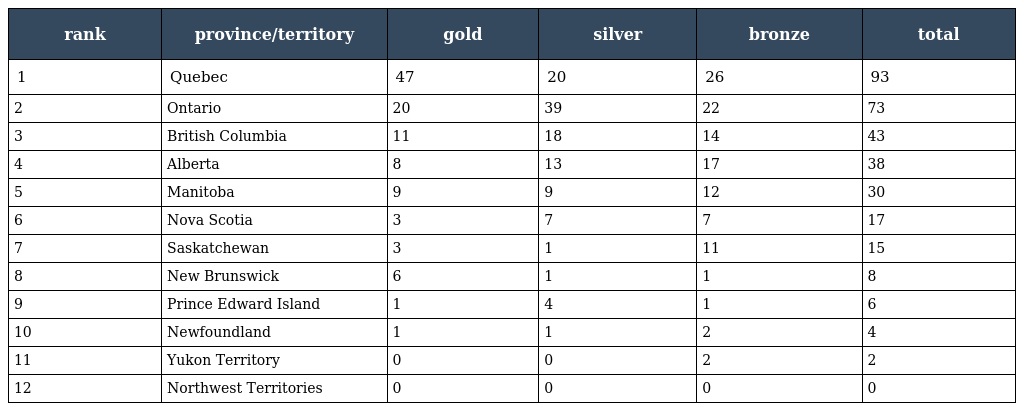
| rank | province/territory | gold | silver | bronze | total |
 | --- | --- | --- | --- | --- | --- |
 | 1 | Quebec | 47 | 20 | 26 | 93 |
 | 2 | Ontario | 20 | 39 | 22 | 73 |
 | 3 | British Columbia | 11 | 18 | 14 | 43 |
 | 4 | Alberta | 8 | 13 | 17 | 38 |
 | 5 | Manitoba | 9 | 9 | 12 | 30 |
 | 6 | Nova Scotia | 3 | 7 | 7 | 17 |
 | 7 | Saskatchewan | 3 | 1 | 11 | 15 |
 | 8 | New Brunswick | 6 | 1 | 1 | 8 |
 | 9 | Prince Edward Island | 1 | 4 | 1 | 6 |
 | 10 | Newfoundland | 1 | 1 | 2 | 4 |
 | 11 | Yukon Territory | 0 | 0 | 2 | 2 |
 | 12 | Northwest Territories | 0 | 0 | 0 | 0 |